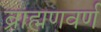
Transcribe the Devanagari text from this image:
ब्राह्मणवर्ण